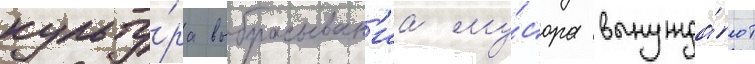
культу́ра выбрасыван'иа му́сора вынужда́ют